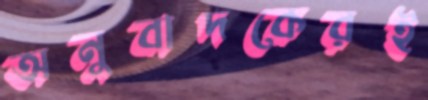
অনুবাদকেরই